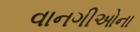
વાનગીઓના